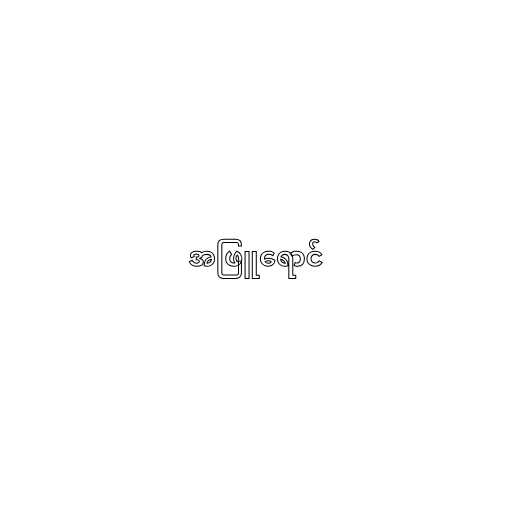
အဖြူရောင်